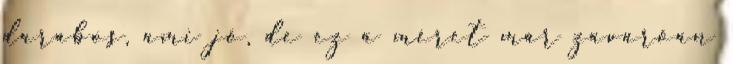
darabos, ami jó, de ez a méret már zavaróan